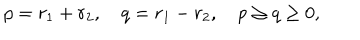
LaTeX: p = r _ { 1 } + r _ { 2 } , \quad q = r _ { 1 } - r _ { 2 } , \quad p \ge q \ge 0 ,